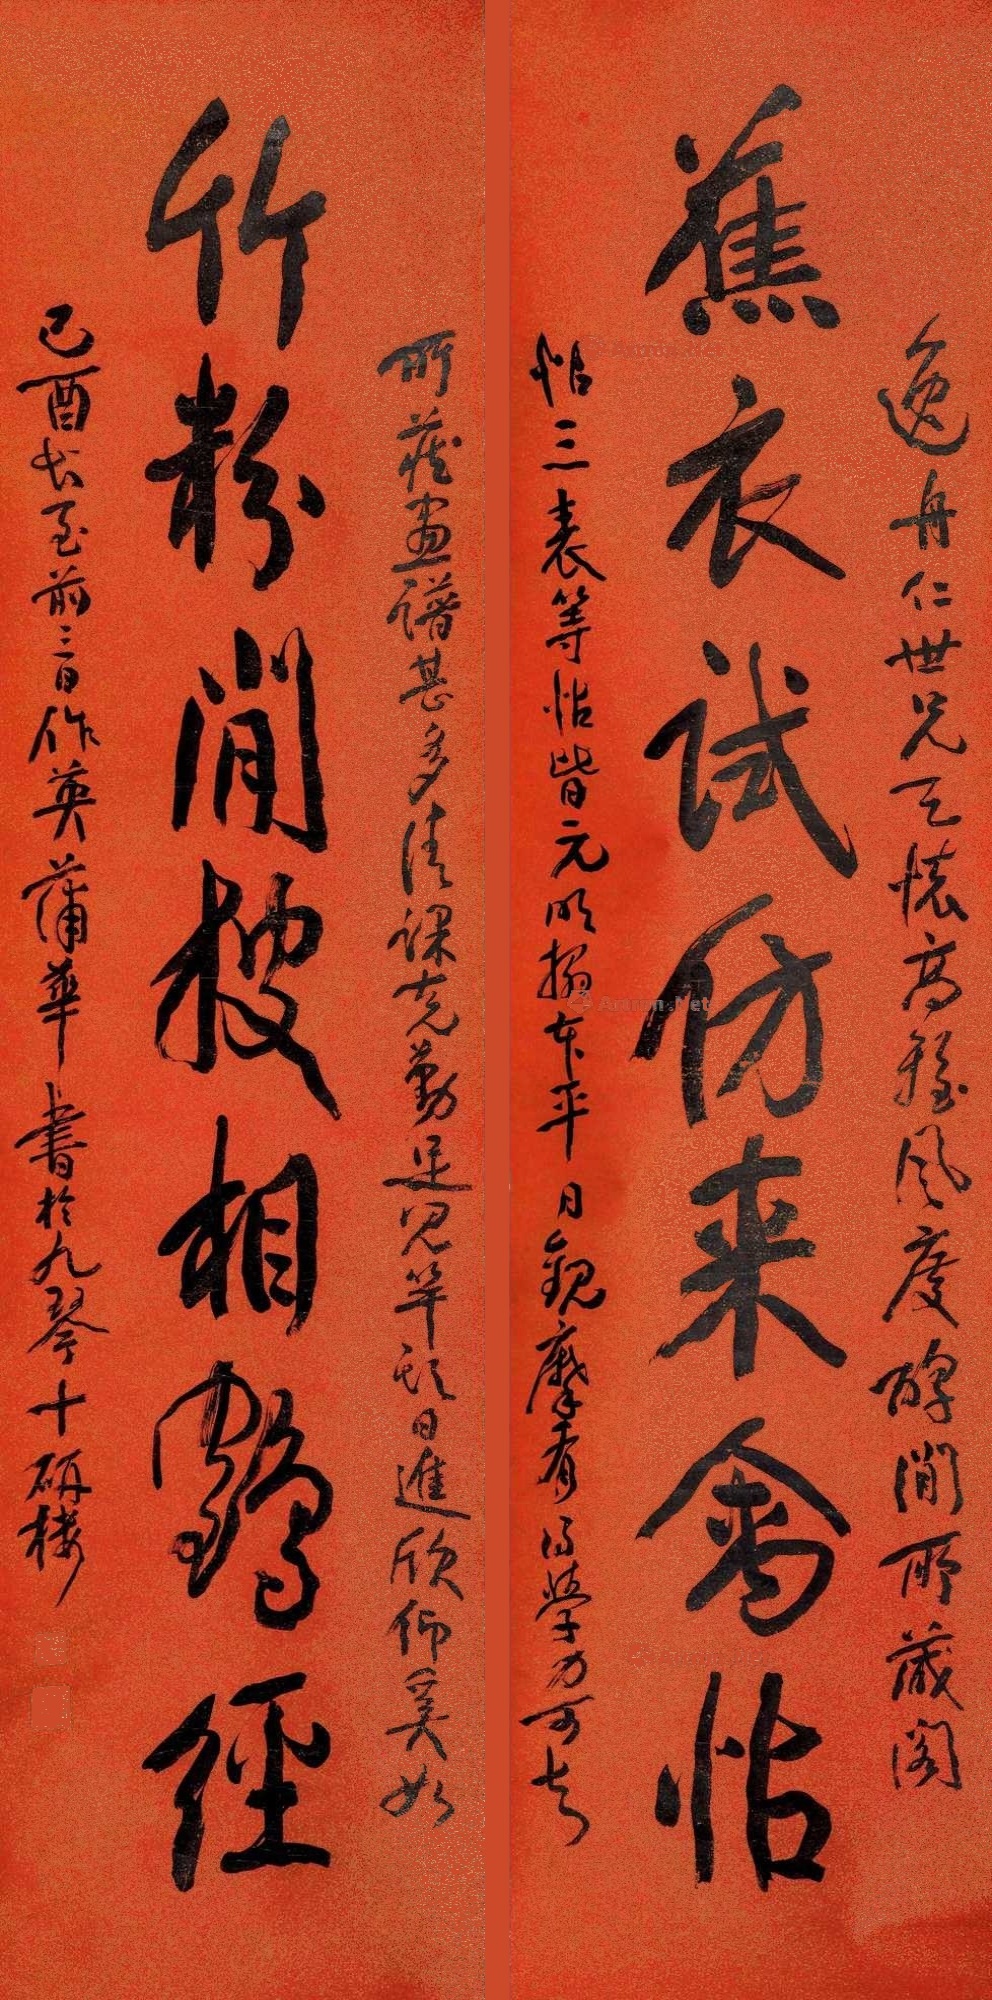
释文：蕉衣试仿来禽帖，竹粉闲披相鹤经。逸舟仁世兄心怀高雅，风度鹤闲，所藏阁帖三表等帖皆元明榻在平日观摩，有以学力可长所藏画谱甚多，清课克勤，足见竿头日进，欣仰奚如。乙酉长至前三日，作英蒲华书于九琴九琴十研楼。